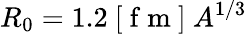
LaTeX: R_{0}=1.2\ [\mathrm{~f~m~}]\ A^{1/3}